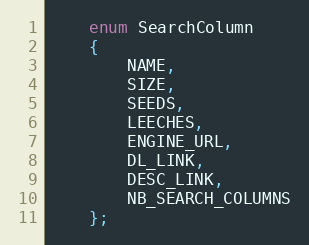
Language: C
    enum SearchColumn
    {
        NAME,
        SIZE,
        SEEDS,
        LEECHES,
        ENGINE_URL,
        DL_LINK,
        DESC_LINK,
        NB_SEARCH_COLUMNS
    };